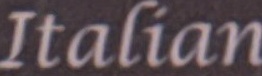
Italian